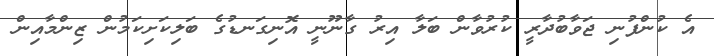
އެ ކުންފުނި ޖަވާބުދާރީ ކުރުވާން ބަލާ އިރު ގާނޫނީ އޮނިގަނޑުގެ ބަލިކަށިކަމުން ޒިންމާއިން